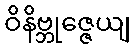
ဝိနိဗ္ဘုဇ္ဇေယျ